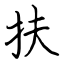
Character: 扶